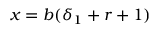
x = b ( \delta _ { 1 } + r + 1 )